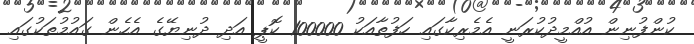
ކުންފުނިން އުއްމީދުކުރަނީ އެމެރިކާގައި ހަފުތާއަކު 100000 ކޮޕީ އަދި ދުނިޔޭގެ އެހެން ގައުމުތަކުގައި